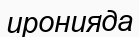
иронияда